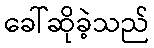
ခေါ်ဆိုခဲ့သည်